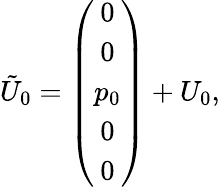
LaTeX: \tilde{U}_{0}=\left(\begin{array}{c}{{0}}\\ {{0}}\\ {{p_{0}}}\\ {{0}}\\ {{0}}\end{array}\right)+U_{0},